Vaccination in Bombay 1856-1862 - 1856-1862
Year: 1856
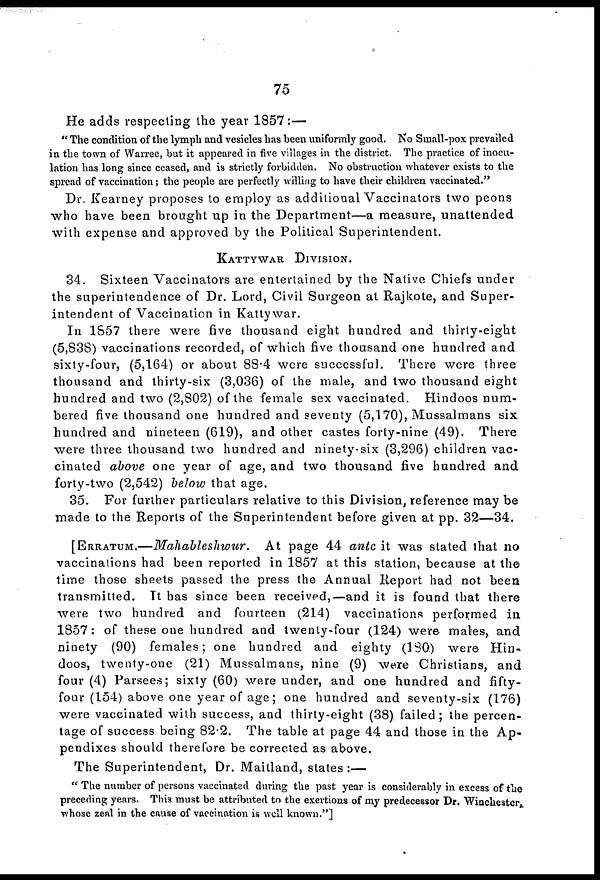
75
He adds respecting the year 1857:—
" The condition of the lymph and vesicles has been uniformly good. No Small-pox prevailed
in the town of Warree, but it appeared in five villages in the district. The practice of inocu-
lation has long since ceased, and is strictly forbidden. No obstruction whatever exists to the
spread of vaccination; the people are perfectly willing to have their children vaccinated."
Dr. Kearney proposes to employ as additional Vaccinators two peons
who have been brought up in the Department—a measure, unattended
with expense and approved by the Political Superintendent.
KATTYWAR DIVISION.
34. Sixteen Vaccinators are entertained by the Native Chiefs under
the superintendence of Dr. Lord, Civil Surgeon at Rajkote, and Super-
intendent of Vaccination in Kattywar.
In 1857 there were five thousand eight hundred and thirty-eight
(5,838) vaccinations recorded, of which five thousand one hundred and
sixty-four, (5,164) or about 88.4 were successful. There were three
thousand and thirty-six (3,036) of the male, and two thousand eight
hundred and two (2,802) of the female sex vaccinated. Hindoos num-
bered five thousand one hundred and seventy (5,170), Mussalmans six
hundred and nineteen (619), and other castes forty-nine (49). There
were three thousand two hundred and ninety-six (3,296) children vac-
cinated above one year of age, and two thousand five hundred and
forty-two (2,542) below that age.
35. For further particulars relative to this Division, reference may be
made to the Reports of the Superintendent before given at pp. 32—34.
[ERRATUM.—Mahableshwur. At page 44 ante it was stated that no
vaccinations had been reported in 1857 at this station, because at the
time those sheets passed the press the Annual Report had not been
transmitted. It has since been received,—and it is found that there
were two hundred and fourteen (214) vaccinations performed in
1857: of these one hundred and twenty-four (124) were males, and
ninety (90) females; one hundred and eighty (180) were Hin-
doos, twenty-one (21) Mussalmans, nine (9) were Christians, and
four (4) Parsees; sixty (60) were under, and one hundred and fifty-
four (154) above one year of age; one hundred and seventy-six (176)
were vaccinated with success, and thirty-eight (38). failed ; the percen-
tage of success being 82.2. The table at page 44 and those in the Ap-
pendixes should therefore be corrected as above.
The Superintendent, Dr. Maitland, states :—
" The number of persons vaccinated during the past year is considerably in excess of the
preceding years. This must be attributed to the exertions of my predecessor Dr. Winchester
whose zeal in the cause of vaccination is well known."]